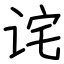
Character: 诧